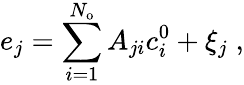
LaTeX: e_{j}=\sum_{i=1}^{{N_{\mathrm{o}}}}A_{ji}c_{i}^{\mathrm{0}}+\xi_{j}\; ,